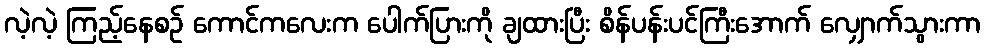
လဲ့လဲ့ ကြည့်နေစဉ် ကောင်ကလေးက ပေါက်ပြားကို ချထားပြီး စိန်ပန်းပင်ကြီးအောက် လျှောက်သွားကာ